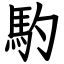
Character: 馰